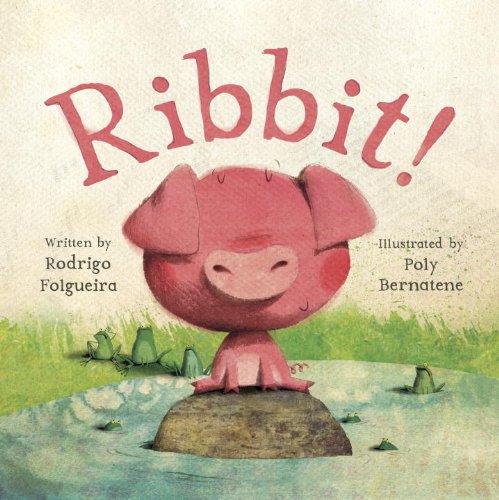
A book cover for Ribbit!; Rodrigo Folgueira; Children's Books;